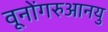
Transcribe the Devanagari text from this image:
वूनोंगरुआनयु